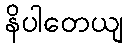
နိပါတေယျ